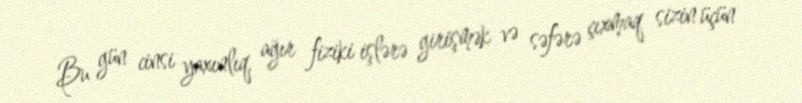
Bu gün cinsi yaxınlıq, ağır fiziki işlərə girişmək və səfərə çıxmaq sizin üçün